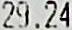
29.24